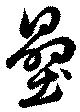
壘